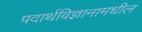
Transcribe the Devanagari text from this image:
पदार्थविज्ञानामधील